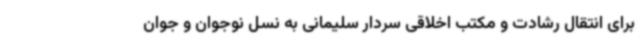
برای انتقال رشادت و مکتب اخلاقی سردار سلیمانی به نسل نوجوان و جوان